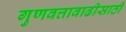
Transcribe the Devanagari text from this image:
गुणवत्तावाढीसाठी